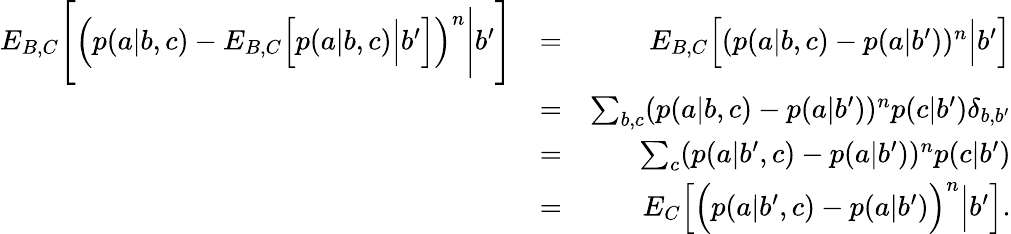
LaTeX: \begin{array}{rlr}{{E}_{B,C}\Bigg[\Big(p(a|b,c)-{E}_{B,C}\Big[p(a|b,c)\Big|b^{\prime}\Big]\Big)^{n}\Bigg|b^{\prime}\Bigg]}&{=}&{{E}_{B,C}\Big[(p(a|b,c)-p(a|b^{\prime}))^{n}\Big|b^{\prime}\Big]}\\ &{=}&{\sum_{b,c}(p(a|b,c)-p(a|b^{\prime}))^{n}p(c|b^{\prime})\delta_{b,b^{\prime}}}\\ &{=}&{\sum_{c}(p(a|b^{\prime},c)-p(a|b^{\prime}))^{n}p(c|b^{\prime})}\\ &{=}&{{E}_{C}\Big[\Big(p(a|b^{\prime},c)-p(a|b^{\prime})\Big)^{n}\Big|b^{\prime}\Big].}\end{array}